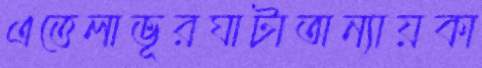
এত্তেলাভূরঘাটাঅন্যায়কা